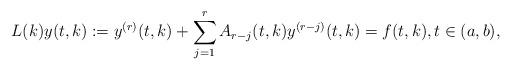
LaTeX: \begin{align*}L(k)y(t,k):= y^{(r)}(t,k)+\sum_{j=1}^{r}A_{r-j}(t,k)y^{(r-j)}(t,k)=f(t,k),t\in (a,b),\end{align*}